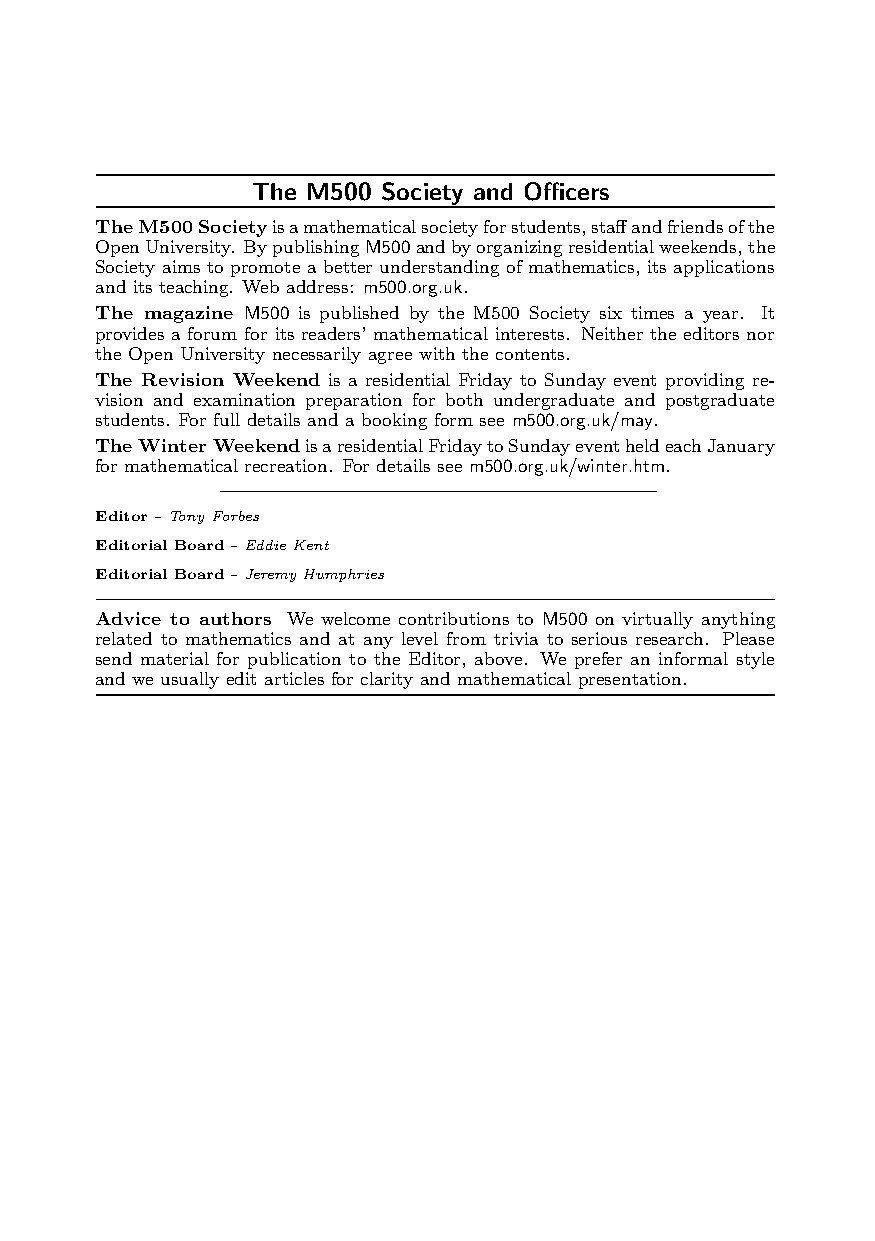
The M500 Society and Officers
 TheM500Societyisamathematicalsocietyforstudents,staffandfriendsofthe
 OpenUniversity. BypublishingM500andbyorganizingresidentialweekends,the
 Society aims to promote a better understanding of mathematics, its applications
 and its teaching. Web address: m500.org.uk.
 The magazine M500 is published by the M500 Society six times a year. It
 provides a forum for its readers’ mathematical interests. Neither the editors nor
 the Open University necessarily agree with the contents.
 The Revision Weekend is a residential Friday to Sunday event providing re-
 vision and examination preparation for both undergraduate and postgraduate
 students. For full details and a booking form see m500.org.uk/may.
 TheWinterWeekendisaresidentialFridaytoSundayeventheldeachJanuary
 for mathematical recreation. For details see m500.org.uk/winter.htm.
 Editor–TonyForbes
 Editorial Board–EddieKent
 Editorial Board–JeremyHumphries
 Advice to authors We welcome contributions to M500 on virtually anything
 related to mathematics and at any level from trivia to serious research. Please
 send material for publication to the Editor, above. We prefer an informal style
 and we usually edit articles for clarity and mathematical presentation.